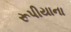
રૂપીયાના